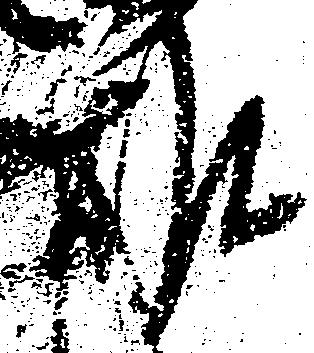
雄